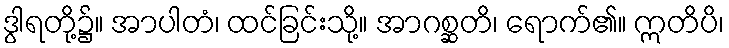
ဒွါရတို့၌။ အာပါတံ၊ ထင်ခြင်းသို့။ အာဂစ္ဆတိ၊ ရောက်၏။ ဣတိပိ၊